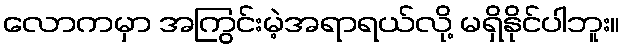
လောကမှာ အကြွင်းမဲ့အရာရယ်လို့ မရှိနိုင်ပါဘူး။